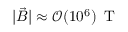
| \vec { B } | \approx \mathcal { O } ( 1 0 ^ { 6 } ) \, \mathrm { ~ T ~ }